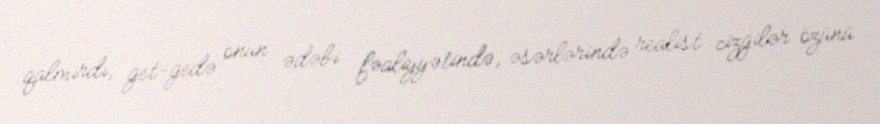
qalmırdı, get-gedə onun ədəbi fəaliyyətində, əsərlərində realist cizgilər özünü